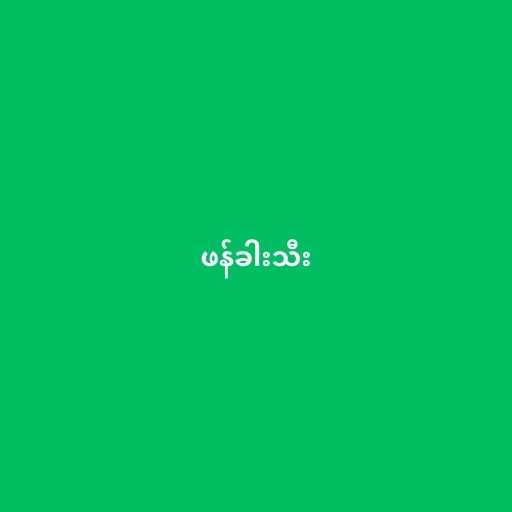
ဖန်ခါးသီး